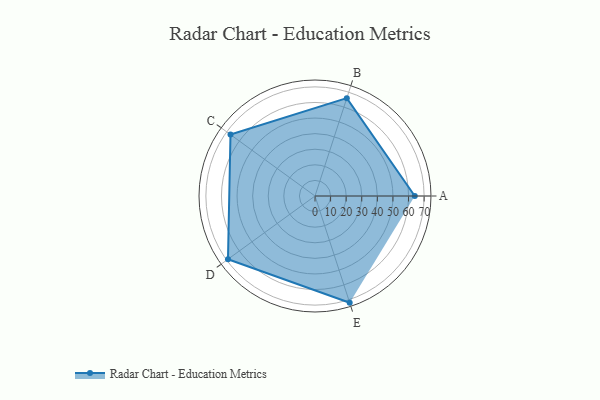
{"axis": {"x": "Skill", "y": "Score"}, "legend": ["Profile"], "data": [{"x": "A", "y": 64.0, "type": "Profile"}, {"x": "B", "y": 66.0, "type": "Profile"}, {"x": "C", "y": 67.0, "type": "Profile"}, {"x": "D", "y": 69.0, "type": "Profile"}, {"x": "E", "y": 72.0, "type": "Profile"}]}